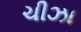
ચીઝા